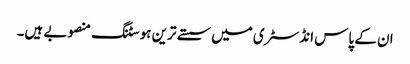
ان کے پاس انڈسٹری میں سستے ترین ہوسٹنگ منصوبے ہیں۔